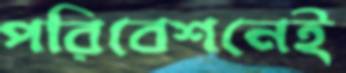
পরিবেশনেই